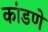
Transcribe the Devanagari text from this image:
कांडणे